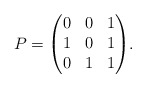
\begin{align*}P=\begin{pmatrix} 0 & 0 & 1\\ 1 & 0 & 1\\ 0 & 1 & 1\end{pmatrix}\!. \end{align*}